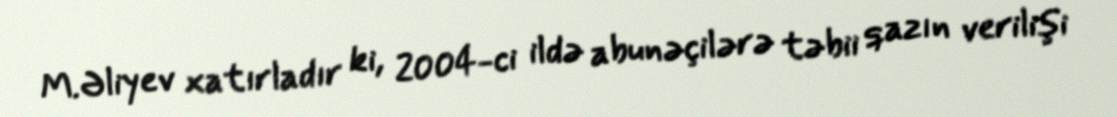
M.Əliyev xatırladır ki, 2004-ci ildə abunəçilərə təbii qazın verilişi